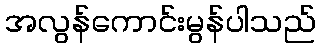
အလွန်ကောင်းမွန်ပါသည်